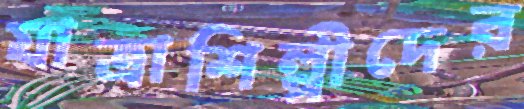
যাত্রাশিল্পীদের